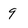
Character: 9